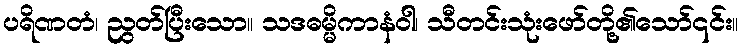
ပရိဏတံ၊ ညွတ်ပြီးသော။ သဒဓမ္မိကာနံဝါ၊ သီတင်းသုံးဖော်တို့၏သော်၎င်း။